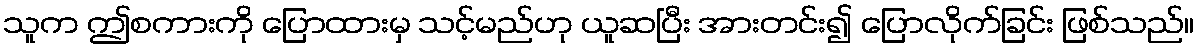
သူက ဤစကားကို ပြောထားမှ သင့်မည်ဟု ယူဆပြီး အားတင်း၍ ပြောလိုက်ခြင်း ဖြစ်သည်။